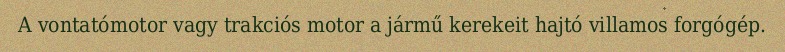
A vontatómotor vagy trakciós motor a jármű kerekeit hajtó villamos forgógép.